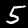
Label: 5